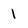
Character: 1